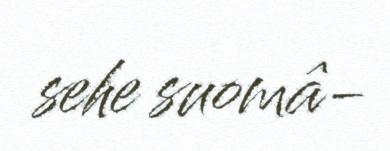
sehe suomâ-